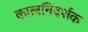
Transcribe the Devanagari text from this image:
कालनिदर्शक